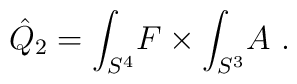
\hat Q_2 = \int_{S^4}\! F\times \int_{S^3}\! A \ .